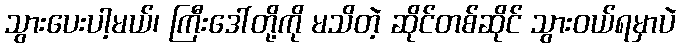
သွားပေးပါ့မယ်၊ ကြီးဒေါ်တို့ကို မသိတဲ့ ဆိုင်တစ်ဆိုင် သွားဝယ်ရမှာပဲ